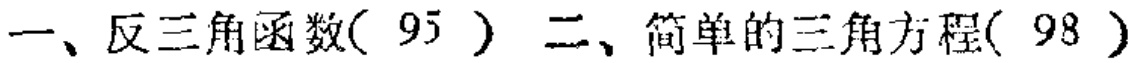
一、反三角函数( 95 ) 二、简单的三角方程( 98 )